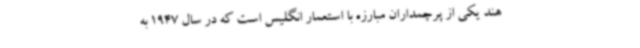
هند یکی از پرچمداران مبارزه با استعمار انگلیس است که در سال 1947 به